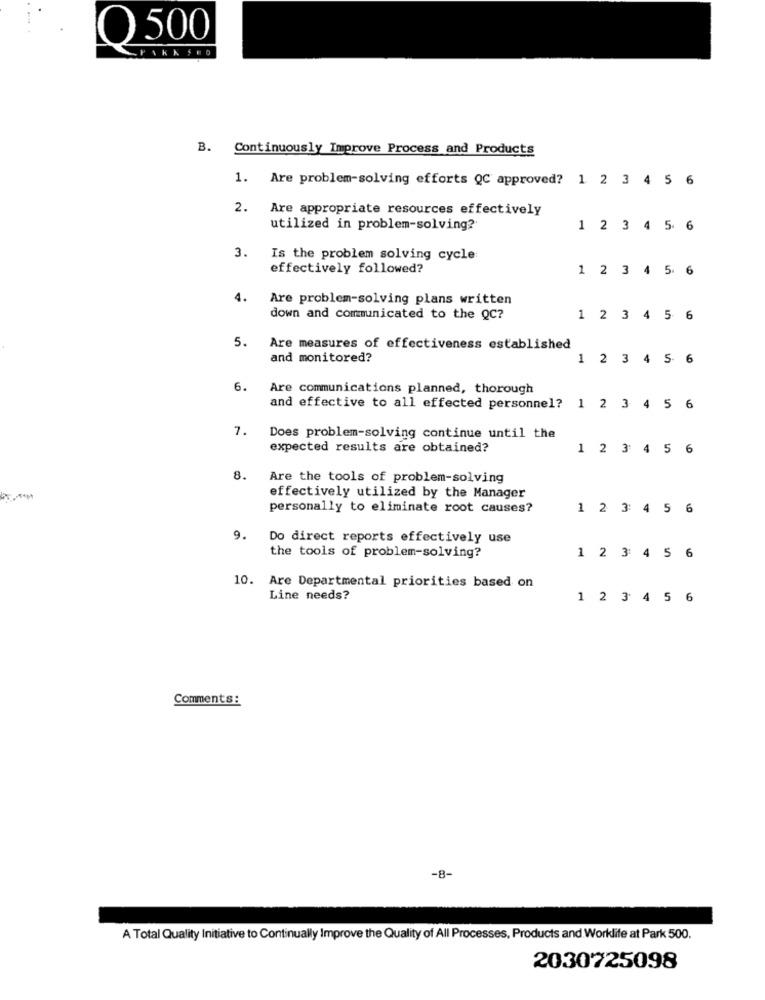
O 500
FIKKSEO
B. Continuously Improve Process and Products
1. Are problem-solving efforts QC approved? 1 2 3 4 5 6
2. Are appropriate resources effectively
utilized in problem-solving?
1 2 3 4 5 6
3.
Is the problem solving cycle
effectively followed?
1 2 3 4 5 6
4.
Are problem-solving plans written
down and communicated to the QC?
1 2 3 4 5 6
5. Are measures of effectiveness established
and monitored?
1 2 3 4 5 6
6.
Are communications planned, thorough
and effective to all effected personnel? 1 2 3 4 5
6
7.
Does problem-solving continue until the
expected results are obtained?
1 2 3 4 5
6
8.
Are the tools of problem-solving
effectively utilized by the Manager
personally to eliminate root causes?
1 2 3 4 5
6
9.
Do direct reports effectively use
the tools of problem-solving?
1 2 3 4 5 6
10. Are Departmental priorities based on
Line needs?
1 2 3 4 5 6
Comments:
-8-
A Total Quality Initiative to Continually Improve the Quality of All Processes, Products and Worklife at Park 500.
2030725098